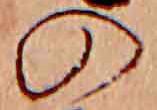
の